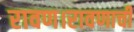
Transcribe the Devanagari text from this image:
रावण।रावणाची